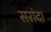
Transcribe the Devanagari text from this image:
सरांदा